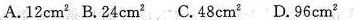
A.12cm^{2} B.24cm^{2} C.48cm^{2} D.96cm^{2}